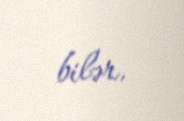
bilər.